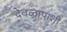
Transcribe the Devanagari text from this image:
देवळापाशी